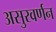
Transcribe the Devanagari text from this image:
असुरवर्णन